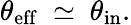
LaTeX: \theta_{\mathrm{eff}}\ \simeq\ \theta_{\mathrm{in}}.